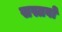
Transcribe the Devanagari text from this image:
सस्तवों